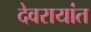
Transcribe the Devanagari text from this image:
देवरायांत